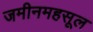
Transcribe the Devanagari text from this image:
जमीनमहसूल